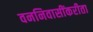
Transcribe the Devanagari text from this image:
वननिवासींकरीता